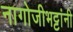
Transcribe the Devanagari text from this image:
नागोजीभट्टांनी